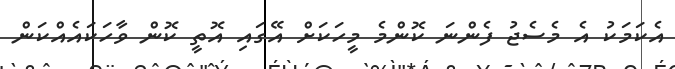
އެކަމަކު އެ މެސެޖު ފެންނަ ކޮންމެ މީހަކަށް އޭގައި އޮތީ ކޮން ވާހަކައެއްކަން